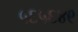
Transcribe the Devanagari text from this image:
५६५६४९